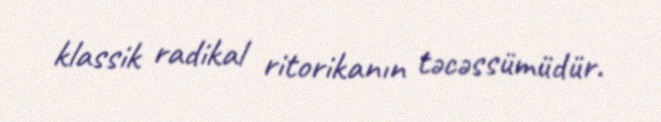
klassik radikal ritorikanın təcəssümüdür.